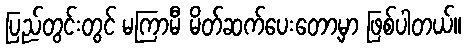
ပြည်တွင်းတွင် မကြာမီ မိတ်ဆက်ပေးတော့မှာ ဖြစ်ပါတယ်။